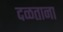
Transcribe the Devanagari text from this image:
दळताना